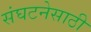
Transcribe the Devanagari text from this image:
संघटनेसाठी